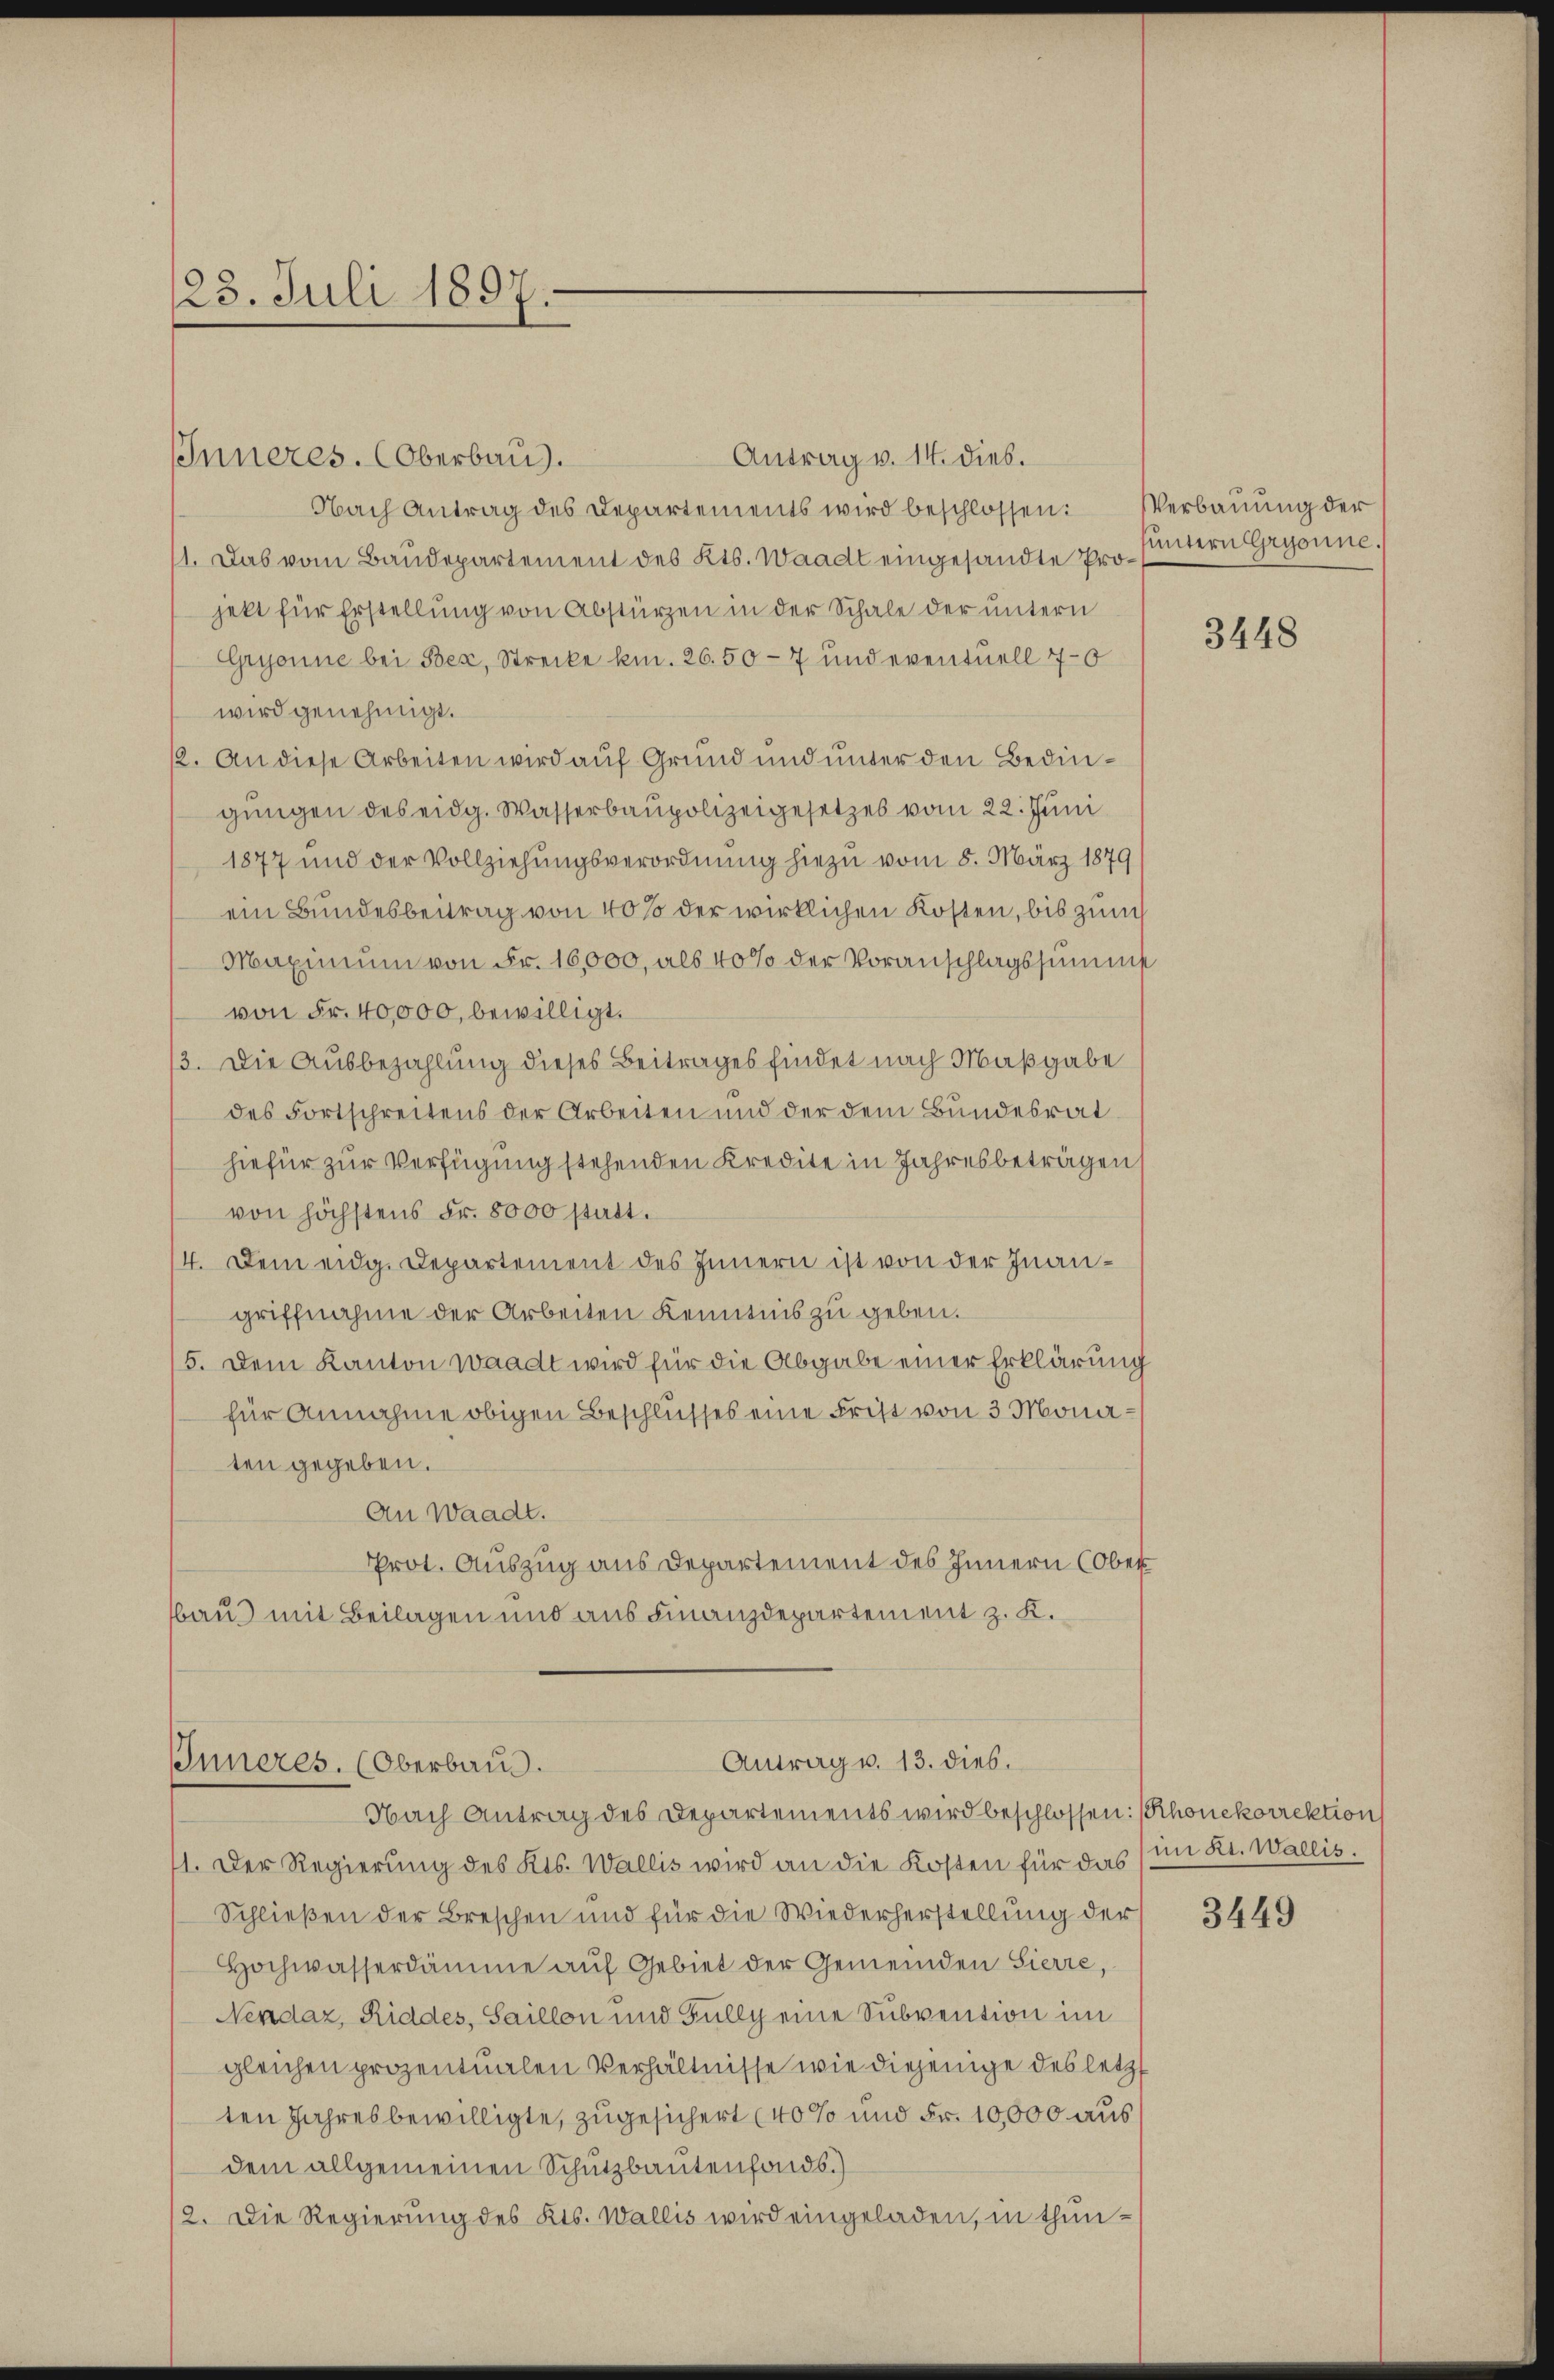
123. Juli 1897.

Inneres. (Oberbau.

Nach Antrag des Departements wird beschlossen:
1. Das vom Baudepartement des Kts. Waadt eingesandte Projekt für Erstellung von Abstürzen in der Schale der untern
Gryonne bei Bex, Strecke km. 26.50–7 und eventuell 70
wird genehmigt.
2. An diese Arbeiten wird auf Grund und unter den Bedingungen des eidg. Wasserbaupolizeigesetzes vom 22. Juni
1877 und der Vollziehungsverordnung hiezu vom 5. März 1879
ein Bundesbeitrag von 40% der wirklichen Kosten, bis zum
Maximum von Fr. 16,000, als 40% der Voranschlagssumme
von Fr. 40,000, bewilligt.
3. Die Ausbezahlung dieses Beitrages findet nach Maßgabe
des Fortschreitens der Arbeiten und der dem Bundesrathiefür zur Verfügung stehenden Kredite in Jahresbeträgen
von höchstens Fr. 8000 statt.
14. Dem eidg. Departement des Innern ist von der Inangriffnahme der Arbeiten Kenntnis zu geben.
5. Dem Kanton waadt wird für die Abgabe einer Erklärung
für Annahme obigen Beschlusses eine Frist von 3 Monaten gegeben.
An Waadt.
Prot. Auszug aus Departement des Innern (Ober
bau mit Beilagen und aus Finanzdepartement z. K.

Antrag v. 14. dies.

Antrag v. 13. dies.
Inneres. (Oberbaus.
Nach Antrag des Departements wird beschlossen: (Rhonekorrektion

1. Der Regierung des Kts. Wallis wird an die Kosten für das (im Kt. Wallis.
Schließen der Breschen und für die Wiederherstellung der
Hochwasserdämme auf Gebiet der Gemeinden Sierre,
Nendaz, Riddes, Saillon und Fully eine Subvention im
gleichen prozentualen Verhältnisse wie diejenige des letzt
ten Jahresbewilligte, zugesichert (40 % und Fr. 10,000 aus
dem allgemeinen Schutzbautenfonds.)
2. Die Regierung des Kts. Wallis wird eingeladen, in thun¬

Verbauung der
untern Gryonne.

3448

3449